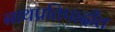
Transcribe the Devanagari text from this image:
नाथप्रतिपादीत